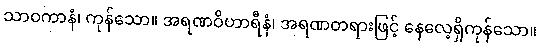
သာဝကာနံ၊ ကုန်သော။ အရဏဝိဟာရီနံ၊ အရဏတရားဖြင့် နေလေ့ရှိကုန်သော။